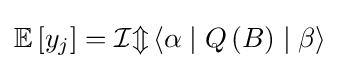
\mathbb {E} \left[y_{j}\right]={\mathcal {Im}}\left\langle \alpha \mid Q\left(B\right)\mid \beta \right\rangle